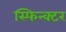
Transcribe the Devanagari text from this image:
स्फिन्क्टर